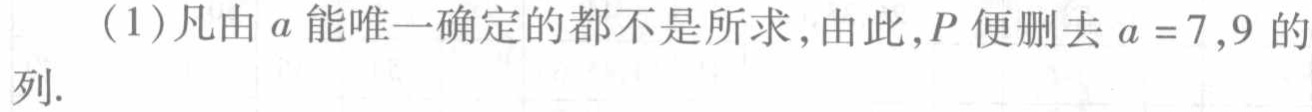
(1)凡由\(a\)能唯一确定的都不是所求,由此,\(P\)便删去\(a = 7,9\)的列.